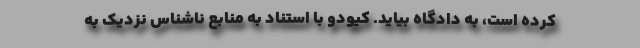
کرده است، به دادگاه بیاید. کیودو با استناد به منابع ناشناس نزدیک به